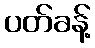
ပတ်ခန့်